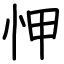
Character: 𢘉